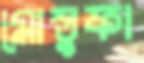
মোস্তুফা